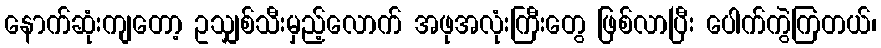
နောက်ဆုံးကျတော့ ဥသျှစ်သီးမှည့်လောက် အဖုအလုံးကြီးတွေ ဖြစ်လာပြီး ပေါက်ကွဲကြတယ်၊